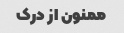
ممنون از درک